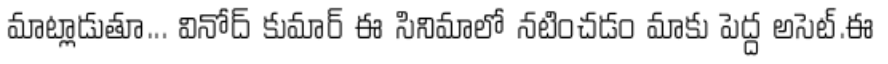
మాట్లాడుతూ... వినోద్ కుమార్ ఈ సినిమాలో నటించడం మాకు పెద్ద అసెట్.ఈ